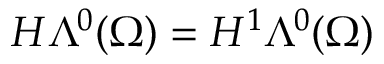
H \Lambda ^ { 0 } ( \Omega ) = H ^ { 1 } \Lambda ^ { 0 } ( \Omega )